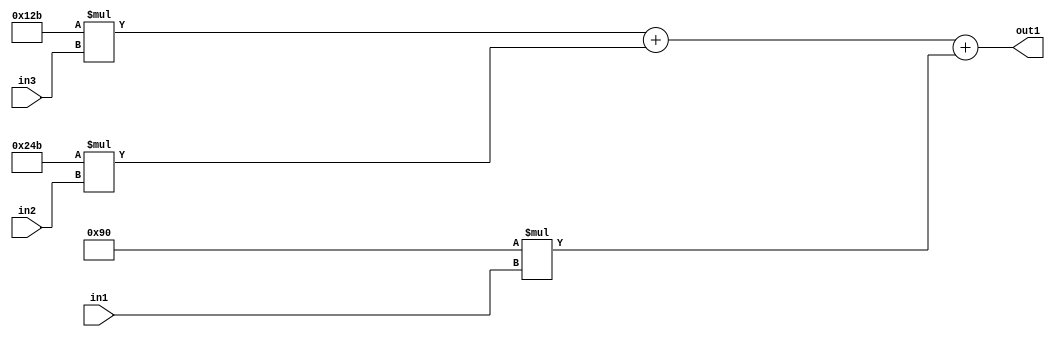
`timescale 1ps / 1ps
/*****************************************************************************
    Verilog RTL Description
    
    
    Created by: Stratus DpOpt 2019.1.01 
*******************************************************************************/

module SobelFilter_Add3Mul2i144u8Mul2iLLu8Mul2i299u8_4 (
	in3,
	in2,
	in1,
	out1
	); /* architecture "behavioural" */ 
input [7:0] in3,
	in2,
	in1;
output [18:0] out1;
wire [18:0] asc001;

wire [18:0] asc001_tmp_0;
wire [18:0] asc001_tmp_1;
assign asc001_tmp_1 = 
	+(19'B0000000000100101011 * in3);
assign asc001_tmp_0 = asc001_tmp_1
	+(19'B0000000001001001011 * in2);
assign asc001 = asc001_tmp_0
	+(19'B0000000000010010000 * in1);

assign out1 = asc001;
endmodule

/* CADENCE  v7b4SQA= : u9/ySgnWtBlWxVPRXgAZ4Og= ** DO NOT EDIT THIS LINE ******/